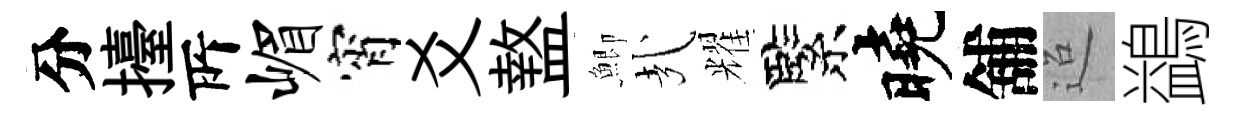
分擡𠩄嵋宵爻盩鯽㢤耀緊曉舖迢鷁